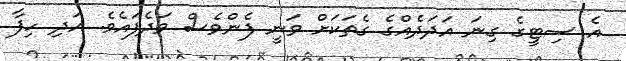
އެ ސިޓީގެ ގިނަ އަދަދެއްގެ ގެތަކަށް ވަނީ ފެންވެސް ވަދެފައެވެ. އަދި ހިފާ